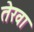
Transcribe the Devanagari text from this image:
तेरवा